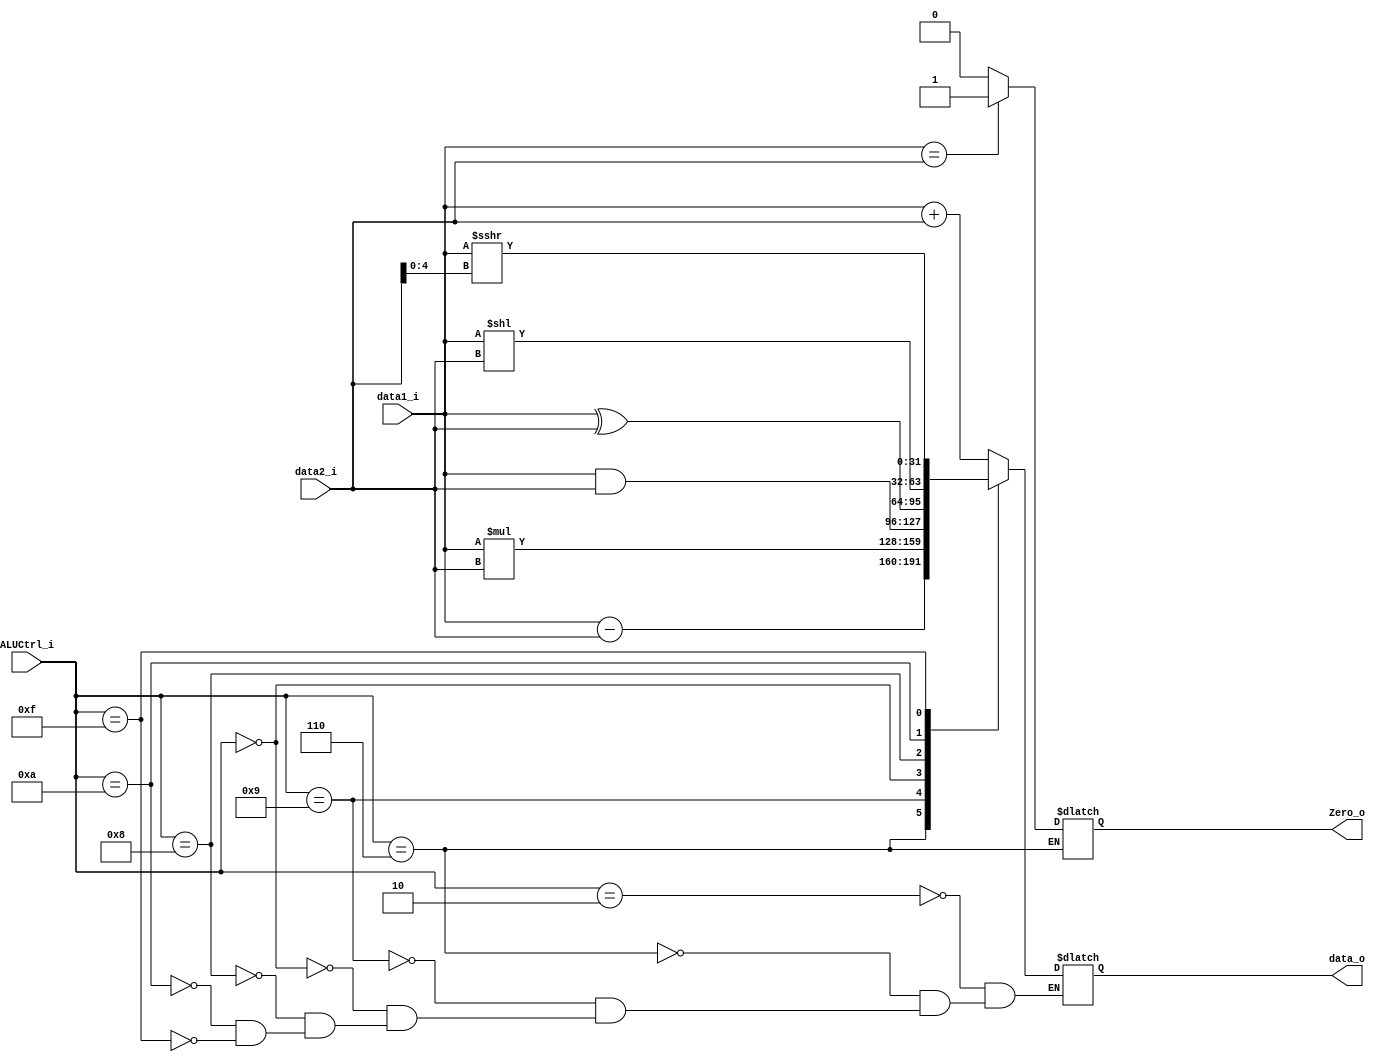
`define ADD 4'b0010
`define SUB 4'b0110
`define MUL 4'b1001
`define AND 4'b0000
`define XOR 4'b1000
`define SLL 4'b1010
`define SRAI 4'b1111
`define NOOP 4'b1101

module ALU(
    data1_i,
    data2_i,
    ALUCtrl_i,
    data_o,
    Zero_o
);

input signed [31:0] data1_i, data2_i;
input [3:0] ALUCtrl_i;
output signed[31:0] data_o;
output Zero_o;
reg signed [31:0] data_reg;
reg IsZero; // Iszero = 1, Zero_o = 1, Iszero = 0, zero_o = 0;
always @ (data1_i or data2_i or ALUCtrl_i) begin
    case(ALUCtrl_i)
            `ADD: data_reg = data1_i + data2_i;
            `SUB: 
             begin 
                 data_reg = data1_i - data2_i;
                 IsZero = (data1_i == data2_i) ? 1 : 0;
             end 
            `MUL: data_reg = data1_i * data2_i;
            `AND: data_reg = data1_i & data2_i;
            `XOR: data_reg = data1_i ^ data2_i;
            `SLL: data_reg = data1_i << data2_i;
            `SRAI: data_reg = data1_i >>> (data2_i[4:0]);
    endcase 
end 
assign data_o = data_reg;
assign Zero_o = IsZero;
endmodule